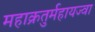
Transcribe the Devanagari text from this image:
महाक्रतुर्महायज्वा